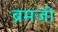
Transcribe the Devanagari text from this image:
ब्रमजी